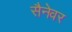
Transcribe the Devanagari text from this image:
सैनेवर